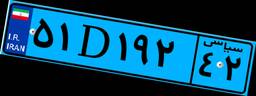
۵۱D۱۹۲۴۲